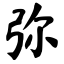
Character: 弥